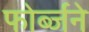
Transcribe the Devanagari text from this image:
फोर्ब्जने